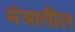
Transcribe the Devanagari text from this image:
मंत्रातील